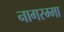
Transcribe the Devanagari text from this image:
नागरम्मा